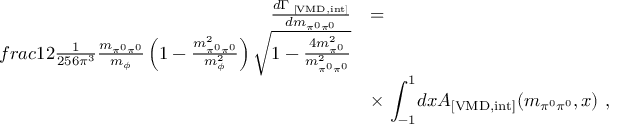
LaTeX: \begin{array} { r l } { { \frac { d \Gamma _ { \mathrm { \tiny ~ [ V M D , i n t ] } } } { d m _ { \pi ^ { 0 } \pi ^ { 0 } } } } } & { { = } } \\ { { f r a c { 1 } { 2 } \frac { 1 } { 2 5 6 \pi ^ { 3 } } \frac { m _ { \pi ^ { 0 } \pi ^ { 0 } } } { m _ { \phi } } \left( 1 - \frac { m _ { \pi ^ { 0 } \pi ^ { 0 } } ^ { 2 } } { m _ { \phi } ^ { 2 } } \right) \sqrt { 1 - \frac { 4 m _ { \pi ^ { 0 } } ^ { 2 } } { m _ { \pi ^ { 0 } \pi ^ { 0 } } ^ { 2 } } } } } \\ { { } } & { { \times \ { \displaystyle \int _ { - 1 } ^ { 1 } } d x A _ { \mathrm { [ V M D , i n t ] } } ( m _ { \pi ^ { 0 } \pi ^ { 0 } } , x ) \ , } } \end{array}